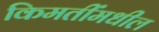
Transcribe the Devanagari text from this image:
किमतींमधील